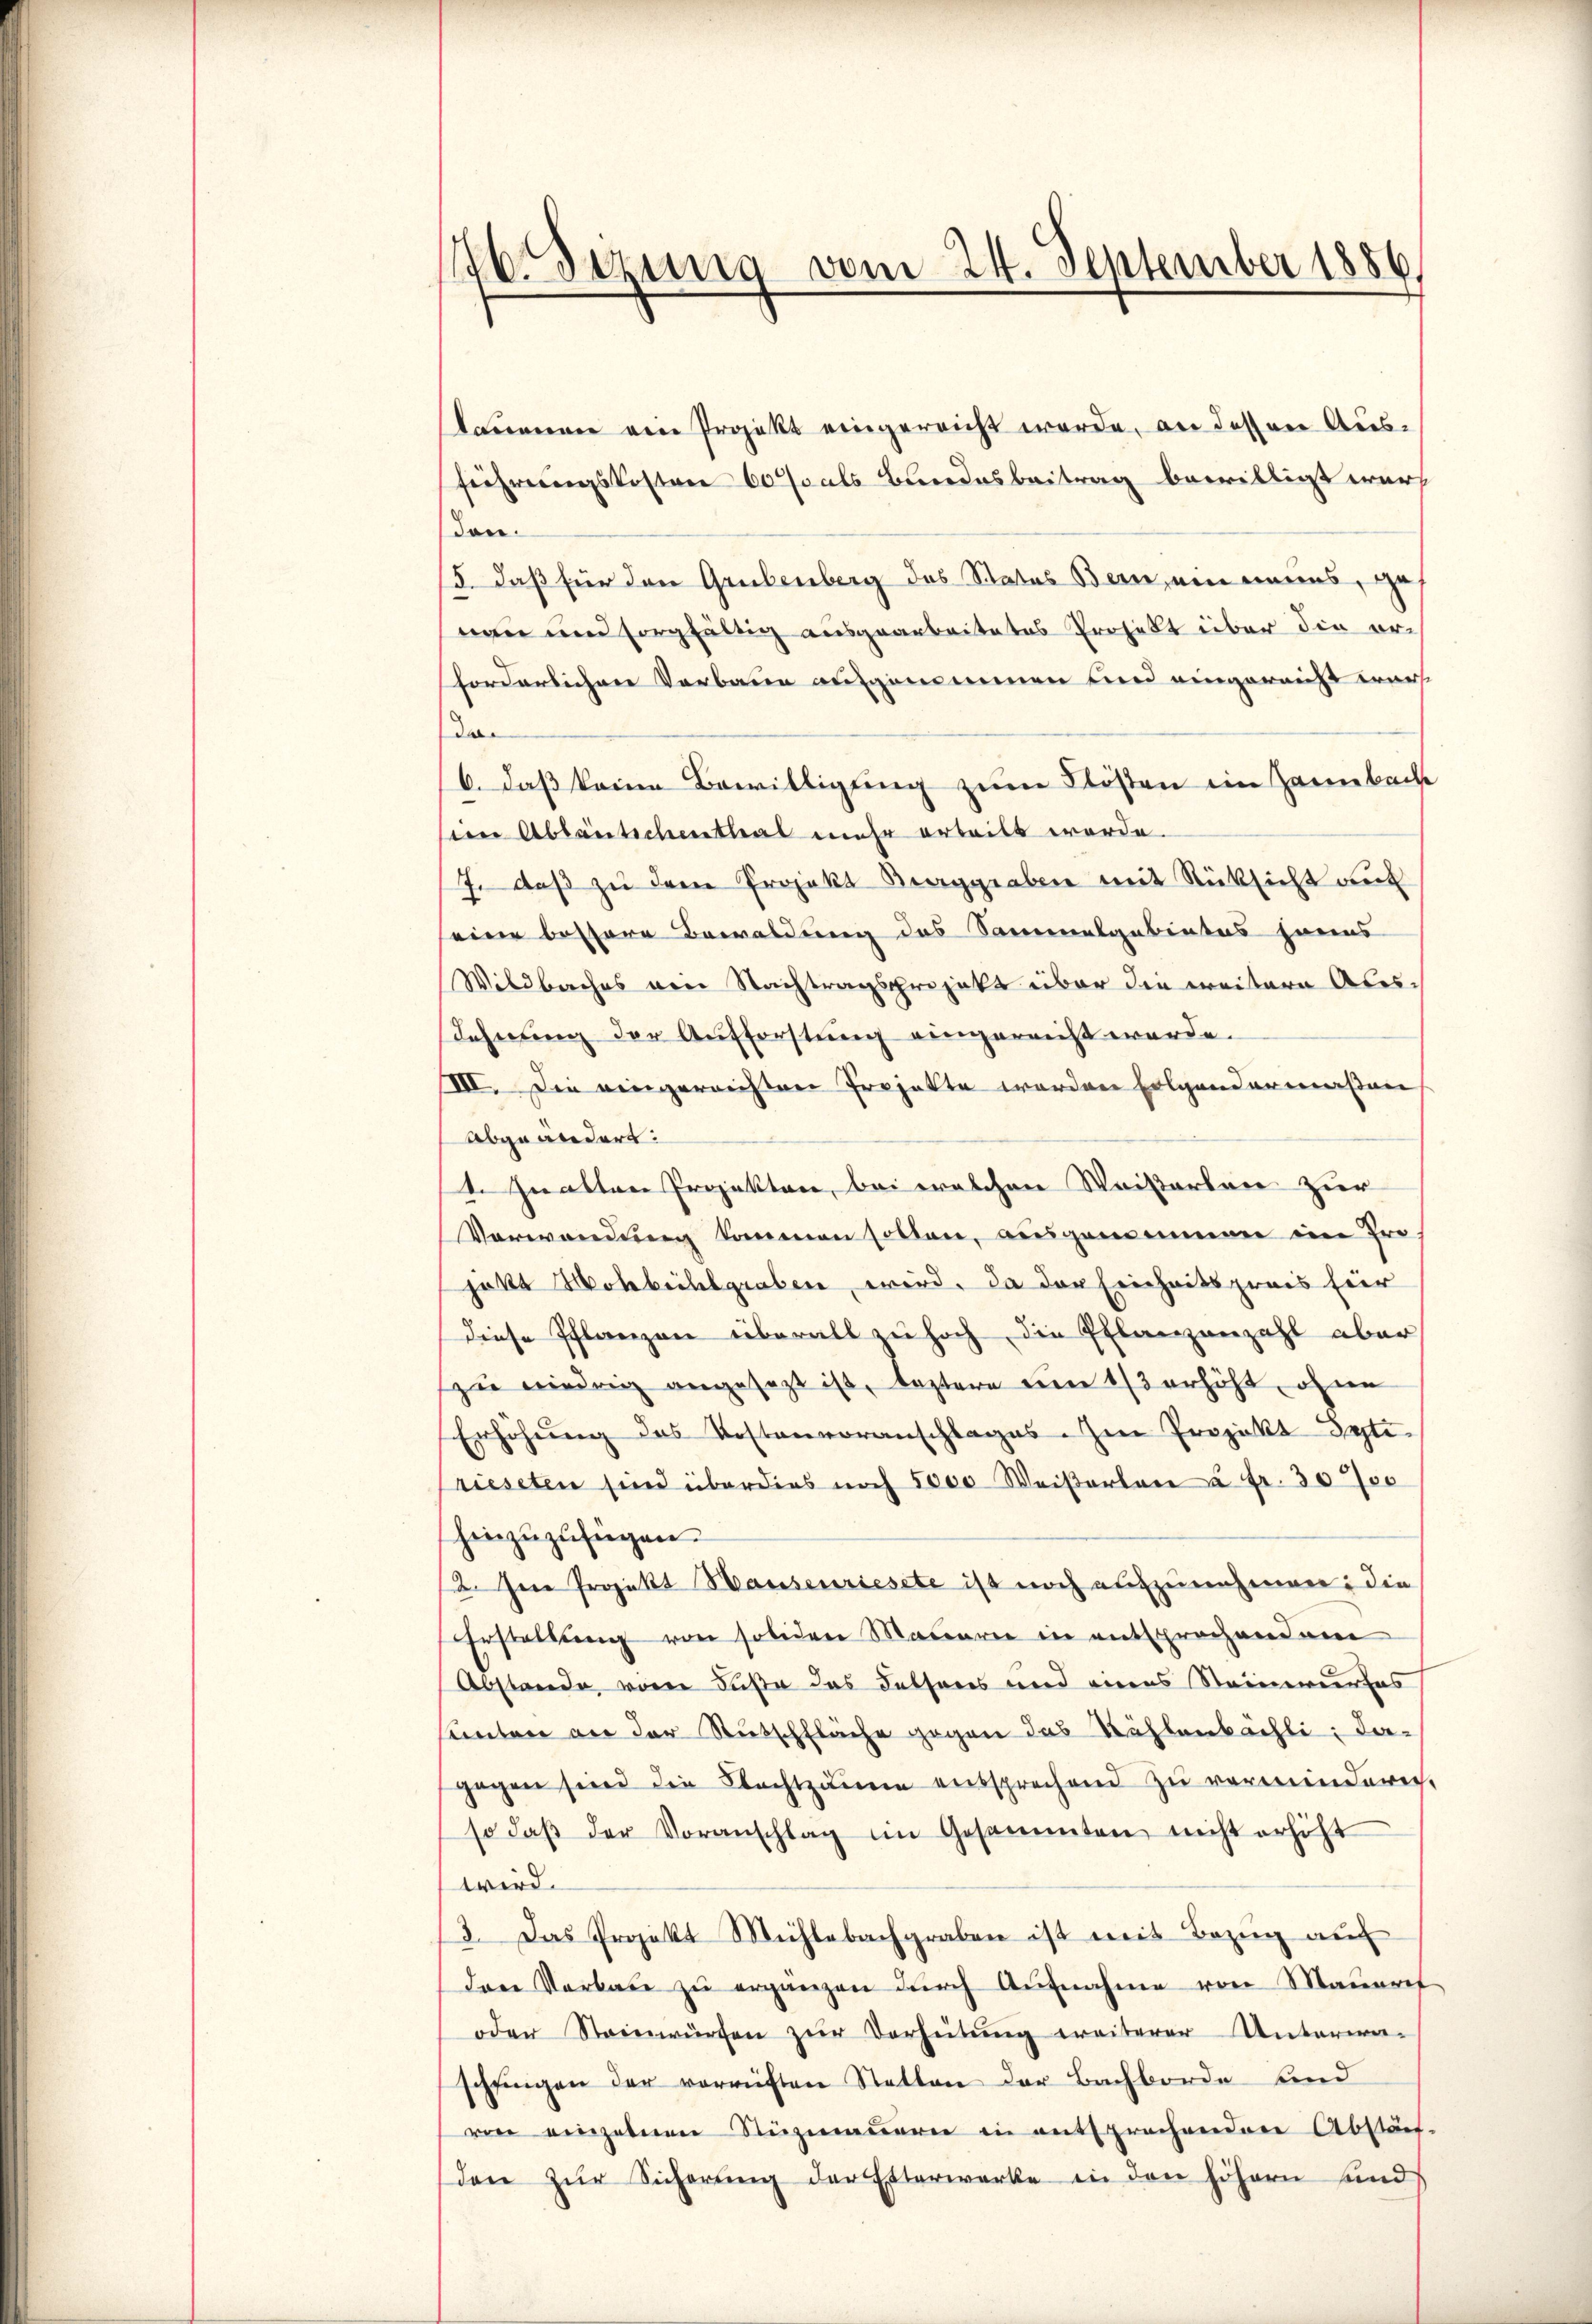
16. Jezung vom 24. September 1886,

kanenen am Projekt eingereicht werde, an dessen Aus¬
Fiehrerungskosten 60 als Bundesbeitrag bewilligt wurd
den.
5. daß für den Grubenberg das Status Bern, ein einens, ge
nau und sorgfältig ausgearbeitetes Projekt über die orforderlichen Verbaue aufgenommen und eingereicht war.
der
6. daß keine Bewilligung zum Klosten im Zammbach
sin Ablantschenthal mehr erteilt werde.
J. daβ zŭ dem Projekt Berggraben mit Rücksicht auf
eine bessere Bewaldung des Samenalgebietes haus
Wildbaches von Nachtragsprojekt über die weitern Aberdehnung der Aufforstung eingereicht werde.
III. Die eingereichten Projekte werden Folgendermaßen
abgeändert:
1. Inatten Projekten, bei welchen Waiserben zur
Verwendŭng kommen sollen, ausgemeinen im Pro-
jakt Holbeihlgraben wird. Da der Einheitspreis für
diese Pflanzen überall zu hoch, die Pflanzenzahl aber
zu niedrig angesezt ist, leztere um 1/3 erhöht, ohne
Erhöhŭng des Kostenvoranschlages. Im Projekt Sytiprieseten sind überdies noch 5000 Weiserbare à Fr. 3000
hinzuzufügen.
2. Jene Projekt Hausenriesete ist noch aufzunehmen; die
Erstellŭng von soliden Mauern in entsprochenden
Abstande von Fuße das Felsens und eines Steinwurfes
unter an der Stutschfläche gegen das Kählenbächli: Da-
gegen sind die Nachtzäune entsprechend zu verminderich,
so daβ der Voranschlag im Gesammten nicht erhöht
wird.
3. Das Projekt Michlebachgraben ist mit Bezŭg aŭf
dere Verbaue zŭ erganzen dŭrch Aŭfnahme von Mauerf
oder Steinwürfen zŭr Verheitŭng weiterer Unterwei-
schringen der verrüften Statten der Bachborde und
ven einzelnen Rüzmauern in entsprochenden Abständ-
den zur Sicherung der Etterwerke in den höhern sind